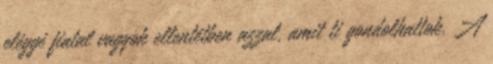
eléggé fiatal vagyok ellentétben azzal, amit ti gondolhattok. A